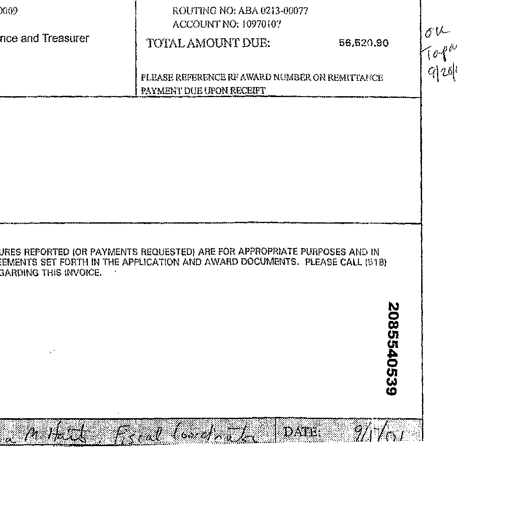
0009
ROUTING NO: ABA 0213-00077
ACCOUNT NO: 10970107
and Treasurer TOTAL AMOUNT DUE: 56,520.90
PLEASE REFERENCE RF AWARD NUMBER ON REMITTANCE
PAYMENT DUE UPON RECEIPT
OK
Topa
9/20/11
RES REPORTED (OR PAYMENTS REQUESTED) ARE FOR APPROPRIATE PURPOSES AND IN
SET FORTH IN THE APPLICATION AND AWARD DOCUMENTS. PLEASE CALL (518)
GARDING THIS INVOICE.
2085540539
M Hart, Fiscal Coordinator DATE: 9/17/01